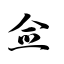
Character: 佥